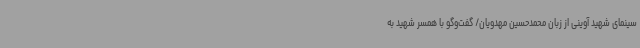
سینمای شهید آوینی از زبان محمدحسین مهدویان/ گفت‌وگو با همسر شهید به